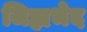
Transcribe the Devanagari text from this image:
जिह्यभेद